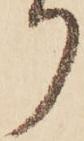
り